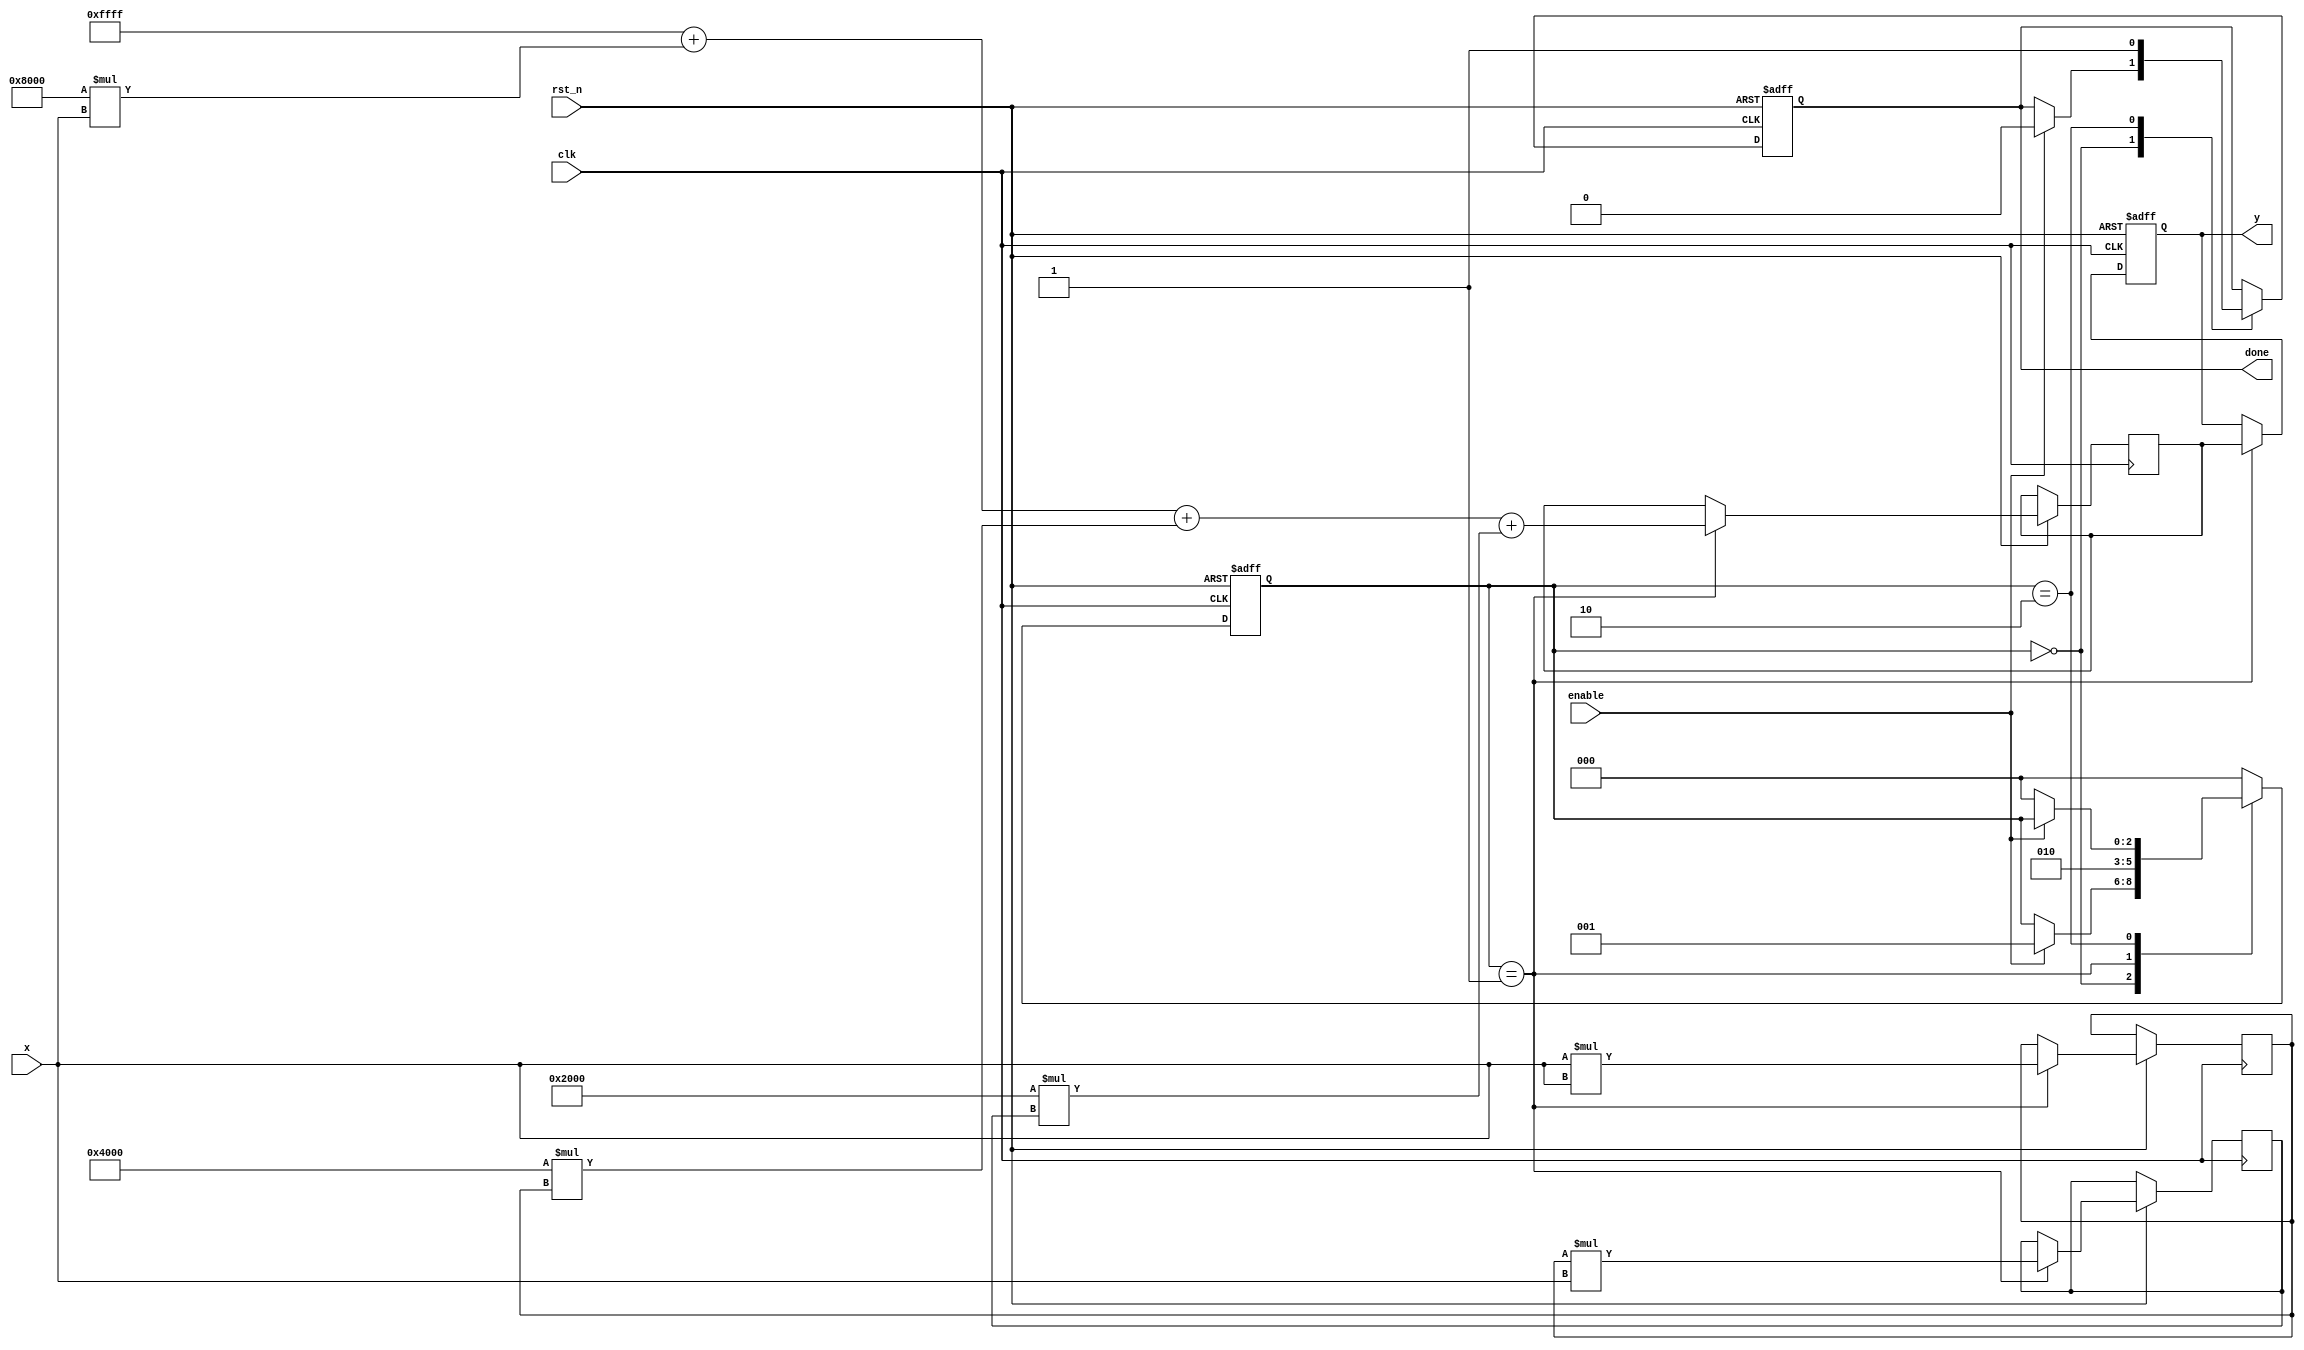
module polynomial_reciprocal (
    input wire clk,
    input wire rst_n,
    input wire enable,
    input wire [15:0] x,  // Fixed-point input (0 < x < 1)
    output reg [15:0] y,   // Fixed-point output (reciprocal of x)
    output reg done
);

    // Polynomial coefficients for approximation (example values)
    // These coefficients should be determined based on your polynomial approximation method
    parameter [15:0] c0 = 16'hFFFF; // Example coefficient for x^0
    parameter [15:0] c1 = 16'h8000; // Example coefficient for x^1
    parameter [15:0] c2 = 16'h4000; // Example coefficient for x^2
    parameter [15:0] c3 = 16'h2000; // Example coefficient for x^3

    reg [15:0] x_squared;
    reg [15:0] x_cubed;
    reg [15:0] polynomial_result;
    reg [2:0] state;

    localparam IDLE = 3'b000,
               COMPUTE = 3'b001,
               DONE = 3'b010;

    always @(posedge clk or negedge rst_n) begin
        if (!rst_n) begin
            y <= 16'b0;
            done <= 1'b0;
            state <= IDLE;
        end else begin
            case (state)
                IDLE: begin
                    if (enable) begin
                        state <= COMPUTE;
                        done <= 1'b0;
                    end
                end

                COMPUTE: begin
                    // Step 1: Compute x^2 and x^3
                    x_squared <= x * x; // x^2
                    x_cubed <= x_squared * x; // x^3

                    // Step 2: Evaluate polynomial P(x) = c0 + c1*x + c2*x^2 + c3*x^3
                    polynomial_result <= c0 + (c1 * x) + (c2 * x_squared) + (c3 * x_cubed);

                    // Step 3: Scale the result (if needed)
                    // Here we assume the polynomial gives a result that is already in the correct range
                    y <= polynomial_result;

                    state <= DONE;
                end

                DONE: begin
                    done <= 1'b1;
                    if (!enable) begin
                        state <= IDLE; // Go back to IDLE if enable is low
                    end
                end

                default: state <= IDLE;
            endcase
        end
    end

endmodule